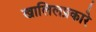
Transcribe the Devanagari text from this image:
खालिलप्रकारे